Indian journal of veterinary science and animal husbandry - Volume 13,
Year: 1943
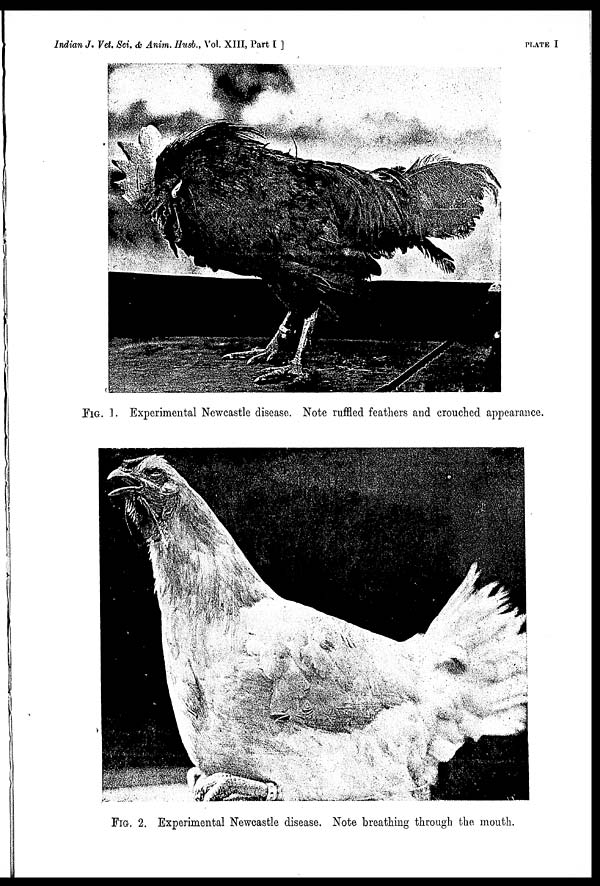
Indian J. Vet. Sci. & Anim. Husb., Vol. XIII, Part I ]
PLATE
I
FIG. 1. Experimental Newcastle disease. Note ruffled feathers and crouched appearance.
FIG. 2. Experimental Newcastle disease. Note breathing through the mouth.